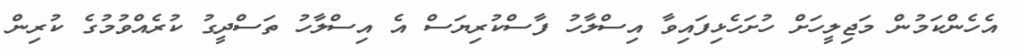
އެހެންކަމުން މަޖިލީހަށް ހުށަހެޅިފައިވާ އިސްލާހު ފާސްކުރިޔަސް އެ އިސްލާހު ތަސްދީގު ކުރެއްވުމުގެ ކުރިން